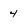
Character: 4